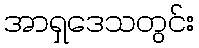
အာရှဒေသတွင်း